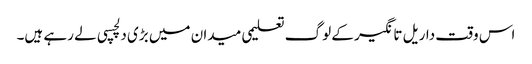
اس وقت داریل تانگیر کے لوگ تعلیمی میدان میں بڑی دلچسپی لے رہے ہیں۔